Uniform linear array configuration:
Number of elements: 32
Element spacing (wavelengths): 0.75
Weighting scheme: kaiser
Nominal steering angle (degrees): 0
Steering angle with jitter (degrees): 1.514
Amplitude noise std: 0.05
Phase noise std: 0.05

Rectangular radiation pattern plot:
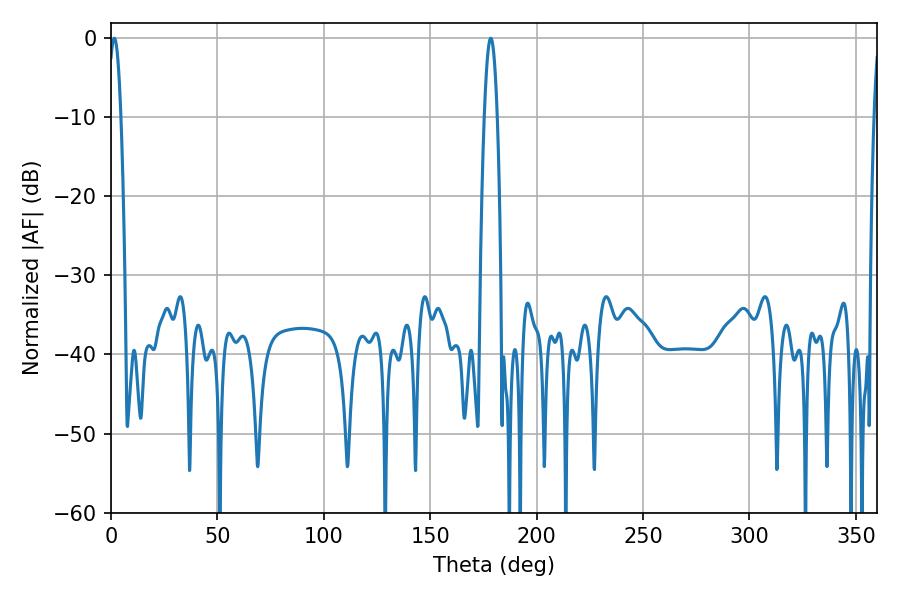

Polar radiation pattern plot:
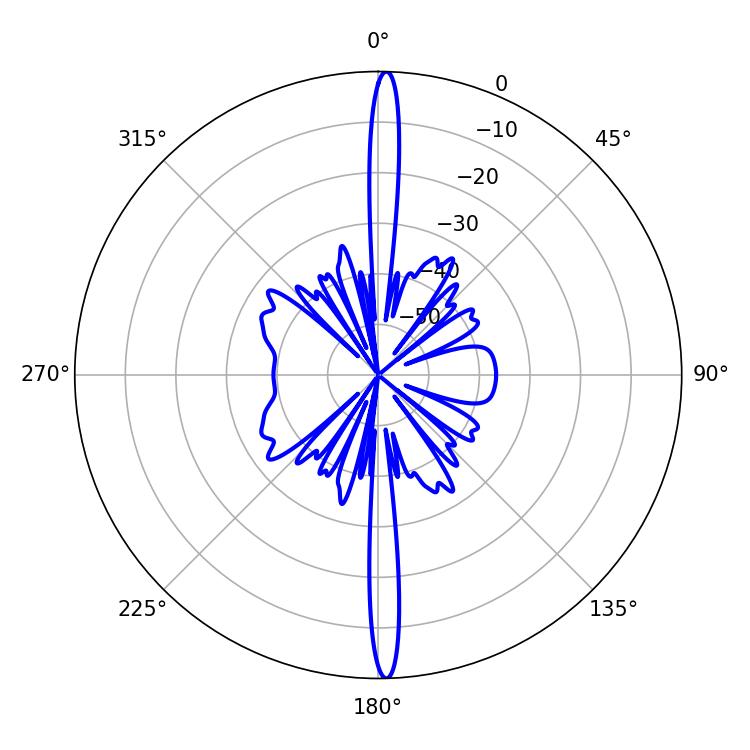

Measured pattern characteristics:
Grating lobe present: TRUE
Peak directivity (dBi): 27.703
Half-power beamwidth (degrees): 3.24
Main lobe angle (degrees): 1.62